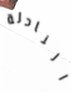
النادلة